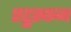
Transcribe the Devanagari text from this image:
एट्रुस्कन